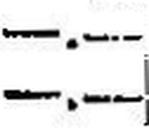
—.—